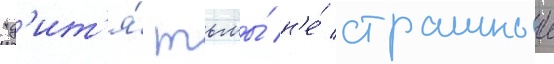
"д'ит'я́ тьмы́ н'е́ страшныи